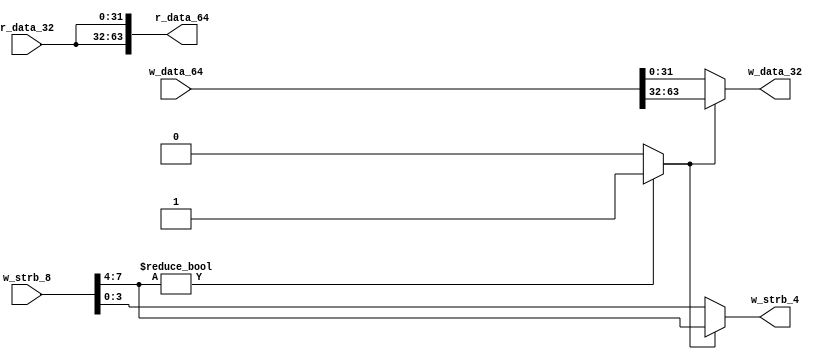
// NARROWER is used to tackle with data transmit from 64bit m-axi to 32bit s-axi
// neutrino 2019
// but i suppose the "nasti_lite_bridge" IP can tackle with it independently, gonna elimit it in the future version

module narrower(
	input [63:0] w_data_64,
	input [7:0] w_strb_8,
	output[63:0] r_data_64,

	output[31:0] w_data_32,
	output[3:0] w_strb_4,
	input [31:0] r_data_32
	);
	
	wire which_side_valid; 
	// generally the low 32 bits should be valid, but sometimes it changes 
	// so here : 1 means highvalid; 0 means lowvalid 
	assign which_side_valid = w_strb_8[7:4] ? 1:0 ;

	assign w_data_32 = which_side_valid ? w_data_64[63:32] : w_data_64[31:0] ;
	assign w_strb_4 = which_side_valid ? w_strb_8[7:4] : w_strb_8[3:0] ;
	assign r_data_64 = {r_data_32, r_data_32} ;
endmodule